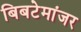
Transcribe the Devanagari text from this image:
बिबटेमांजर